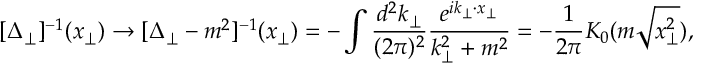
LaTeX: [ \Delta _ { \perp } ] ^ { - 1 } ( x _ { \perp } ) \rightarrow [ \Delta _ { \perp } - m ^ { 2 } ] ^ { - 1 } ( x _ { \perp } ) = - \int \frac { d ^ { 2 } k _ { \perp } } { ( 2 \pi ) ^ { 2 } } \frac { e ^ { i k _ { \perp } \cdot x _ { \perp } } } { k _ { \perp } ^ { 2 } + m ^ { 2 } } = - \frac { 1 } { 2 \pi } K _ { 0 } ( m \sqrt { x _ { \perp } ^ { 2 } } ) ,